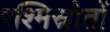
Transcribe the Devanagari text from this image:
रश्मिस्रोतों